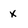
Character: X